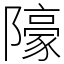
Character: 䧫